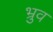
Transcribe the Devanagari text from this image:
भ्रुव